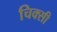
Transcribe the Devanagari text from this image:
चिक्सी